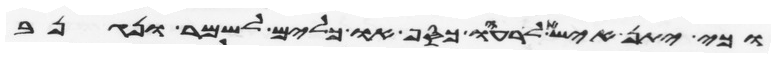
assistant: וכי יתן איש אל רעהו כסף או כלים לשמר ונגנב